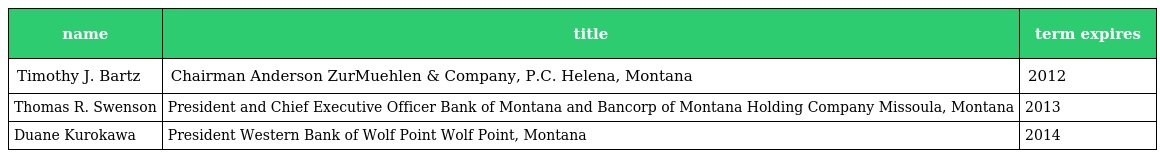
| name | title | term expires |
 | --- | --- | --- |
 | Timothy J. Bartz | Chairman Anderson ZurMuehlen & Company, P.C. Helena, Montana | 2012 |
 | Thomas R. Swenson | President and Chief Executive Officer Bank of Montana and Bancorp of Montana Holding Company Missoula, Montana | 2013 |
 | Duane Kurokawa | President Western Bank of Wolf Point Wolf Point, Montana | 2014 |